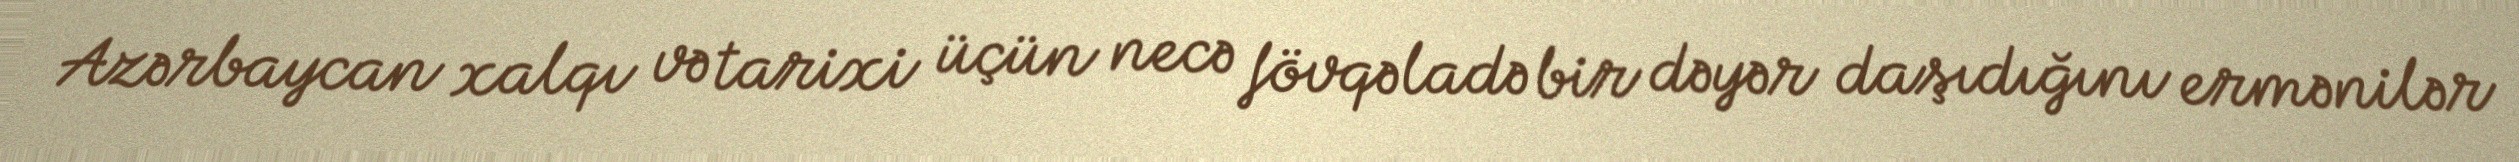
Azərbaycan xalqı və tarixi üçün necə fövqəladə bir dəyər daşıdığını ermənilər